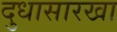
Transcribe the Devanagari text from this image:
दुधासारखा